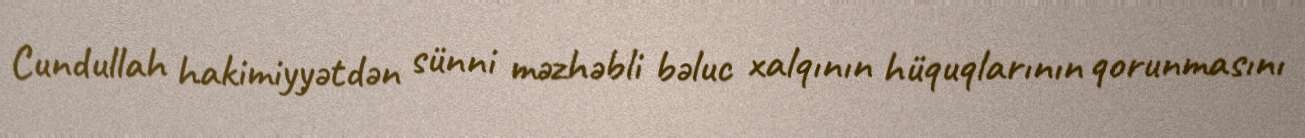
Cundullah hakimiyyətdən sünni məzhəbli bəluc xalqının hüquqlarının qorunmasını